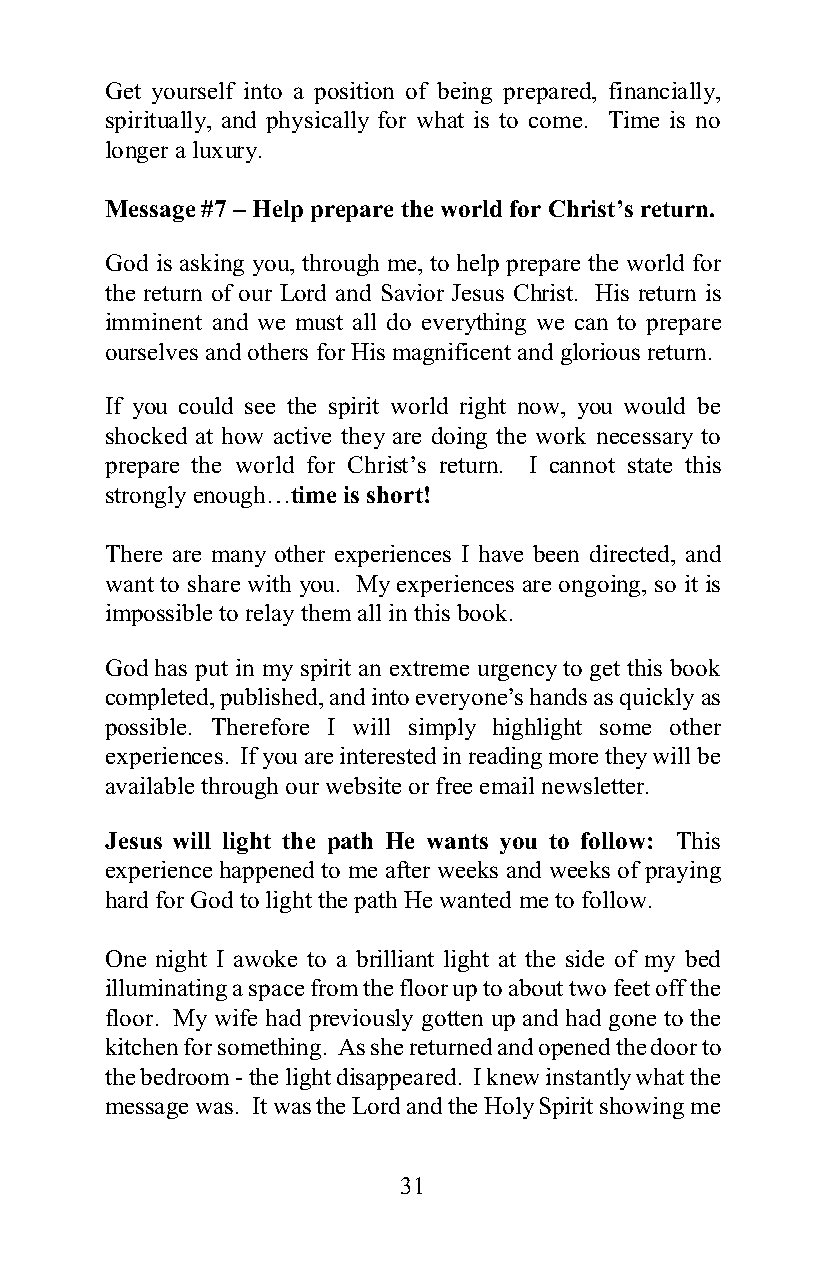
Get yourself into a position of being prepared, financially,
 spiritually, and physically for what is to come. Time is no
 longer a luxury.
 Message #7 – Help prepare the world for Christ’s return.
 God is asking you, through me, to help prepare the world for
 the return of our Lord and Savior Jesus Christ. His return is
 imminent and we must all do everything we can to prepare
 ourselves and others for His magnificent and glorious return.
 If you could see the spirit world right now, you would be
 shocked at how active they are doing the work necessary to
 prepare the world for Christ’s return. I cannot state this
 strongly enough…time is short!
 There are many other experiences I have been directed, and
 want to share with you. My experiences are ongoing, so it is
 impossible to relay them all in this book.
 God has put in my spirit an extreme urgency to get this book
 completed, published, and into everyone’s hands as quickly as
 possible. Therefore I will simply highlight some other
 experiences. If you are interested in reading more they will be
 available through our website or free email newsletter.
 Jesus will light the path He wants you to follow: This
 experience happened to me after weeks and weeks of praying
 hard for God to light the path He wanted me to follow.
 One night I awoke to a brilliant light at the side of my bed
 illuminating a space from the floor up to about two feet off the
 floor. My wife had previously gotten up and had gone to the
 kitchen for something. As she returned and opened the door to
 the bedroom - the light disappeared. I knew instantly what the
 message was. It was the Lord and the Holy Spirit showing me
 31